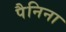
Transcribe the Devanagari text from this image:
पैनिना